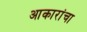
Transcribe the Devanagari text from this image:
आकारांचा